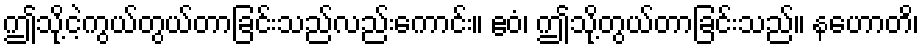
ဤသို့ငဲ့ကွယ်တွယ်တာခြင်းသည်လည်းကောင်း။ ဧဝံ၊ ဤသို့တွယ်တာခြင်းသည်။ နဟောတိ၊